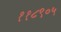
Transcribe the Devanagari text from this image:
११८९०५